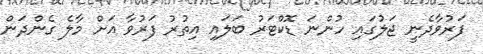
ފަރުވާދެނީ ޖަލުގައި ހުންނަ ޑޮކްޓަރު ބަލައި އިތުރު ފަރުވާ އަށް މާލެ ގެންދަން